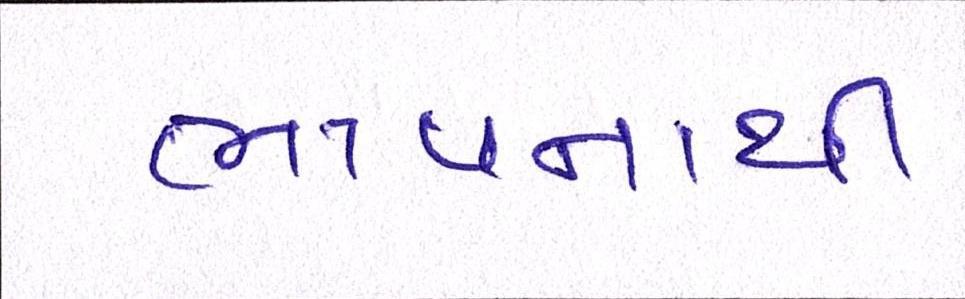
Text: ભાવનાથી